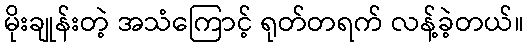
မိုးချုန်းတဲ့ အသံကြောင့် ရုတ်တရက် လန့်ခဲ့တယ်။